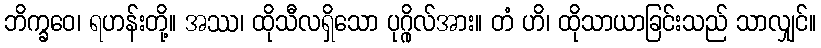
ဘိက္ခဝေ၊ ရဟန်းတို့။ အဿ၊ ထိုသီလရှိသော ပုဂ္ဂိုလ်အား။ တံ ဟိ၊ ထိုသာယာခြင်းသည် သာလျှင်။